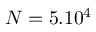
N = 5 . 1 0 ^ { 4 }